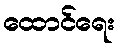
ထောင်ရေး